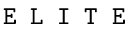
\texttt { E L I T E }